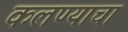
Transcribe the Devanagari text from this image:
कलण्याचा